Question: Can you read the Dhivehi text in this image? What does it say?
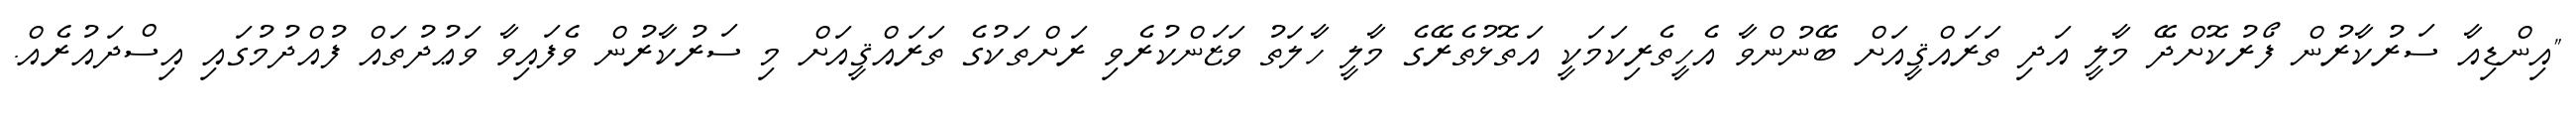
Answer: "އިންޑިއާ ސަރުކާރުން ފޯރުކޮށްދޭ މާލީ އަދި ތަރައްޤީއަށް ބޭނުންވާ އެހީތެރިކަމަކީ އަތޮޅުތެރޭގެ މާލީ ހާލަތު ވަޒަންކުރެވި ރަށްތަކުގެ ތަރައްޤީއަށް މި ސަރުކާރުން ވެފައިވާ ވަޢުދުތައް ފުއްދުމުގައި އިސްދައުރެއް.